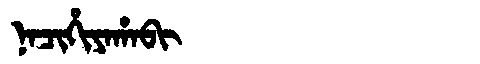
Manchu: ᠨᠠᠴᡳᡥᡳᠶᠠᡥᠠᠪᡳ
Romanization: NACIHIYAHABI